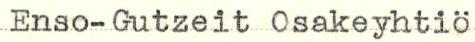
Enso-Gutzeit Osakeyhtiö